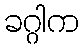
ခဂ္ဂါက